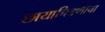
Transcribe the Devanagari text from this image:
छायाचित्रणाचा